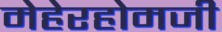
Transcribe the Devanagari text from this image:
मेहेरहोमजी